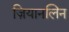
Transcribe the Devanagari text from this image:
ज़ियानलिन